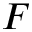
F